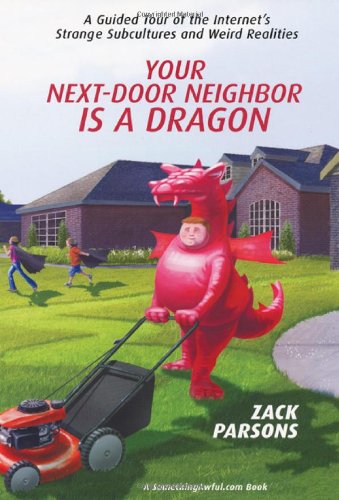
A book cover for Your Next-Door Neighbor is a Dragon; Zack Parsons; Humor & Entertainment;